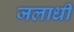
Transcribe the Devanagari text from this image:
जलाधी